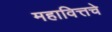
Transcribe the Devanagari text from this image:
महावित्तचे